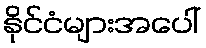
နိုင်ငံများအပေါ်